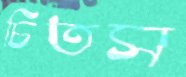
চিতস